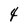
Character: 4